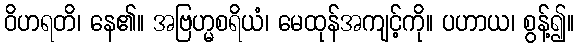
ဝိဟရတိ၊ နေ၏။ အဗြဟ္မစရိယံ၊ မေထုန်အကျင့်ကို။ ပဟာယ၊ စွန့်၍။